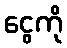
ငွေကို